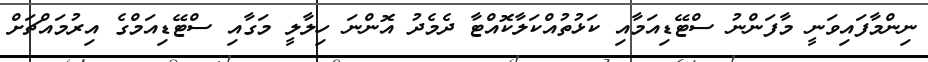
ނިންމާފައިވަނީ މާފަންނު ސްޓޭޑިއަމާއި ކަޅުތުއްކަލާކޮއްޓާ ދެމެދު އޮންނަ ހިލާލީ މަގާއި ސްޓޭޑިއަމްގެ އިރުމައްޗަށް